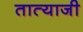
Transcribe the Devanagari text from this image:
तात्याजी